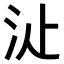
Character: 𣲓